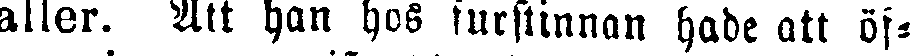
aller. Att han hos furstinnan hade att öf-